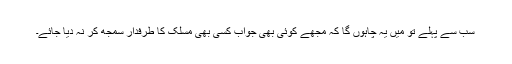
سب سے پہلے تو میں یہ چاہوں گا کہ مجھے کوئی بھی جواب کسی بھی مسلک کا طرفدار سمجھ کر نہ دیا جائے۔